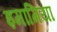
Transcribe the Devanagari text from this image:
इमामिया